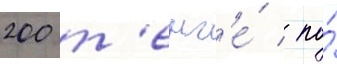
200 т'енг'е́ / по́